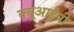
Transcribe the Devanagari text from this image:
क्यूआईपी